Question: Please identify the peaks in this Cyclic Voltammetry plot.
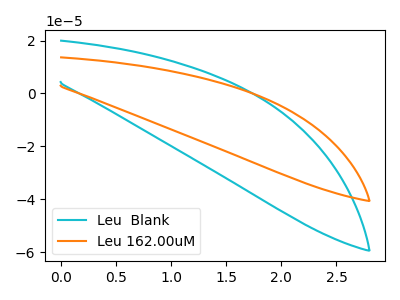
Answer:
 <answer>The cyan curve "Leu  Blank" has no peaks. The orange curve "Leu 162.00uM" has no peaks.</answer>
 <eval></eval>